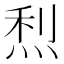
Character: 𤉉